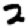
Digit: 2